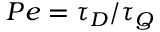
P e = \tau _ { D } / \tau _ { Q }